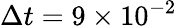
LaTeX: \Delta t=9\times 10^{-2}